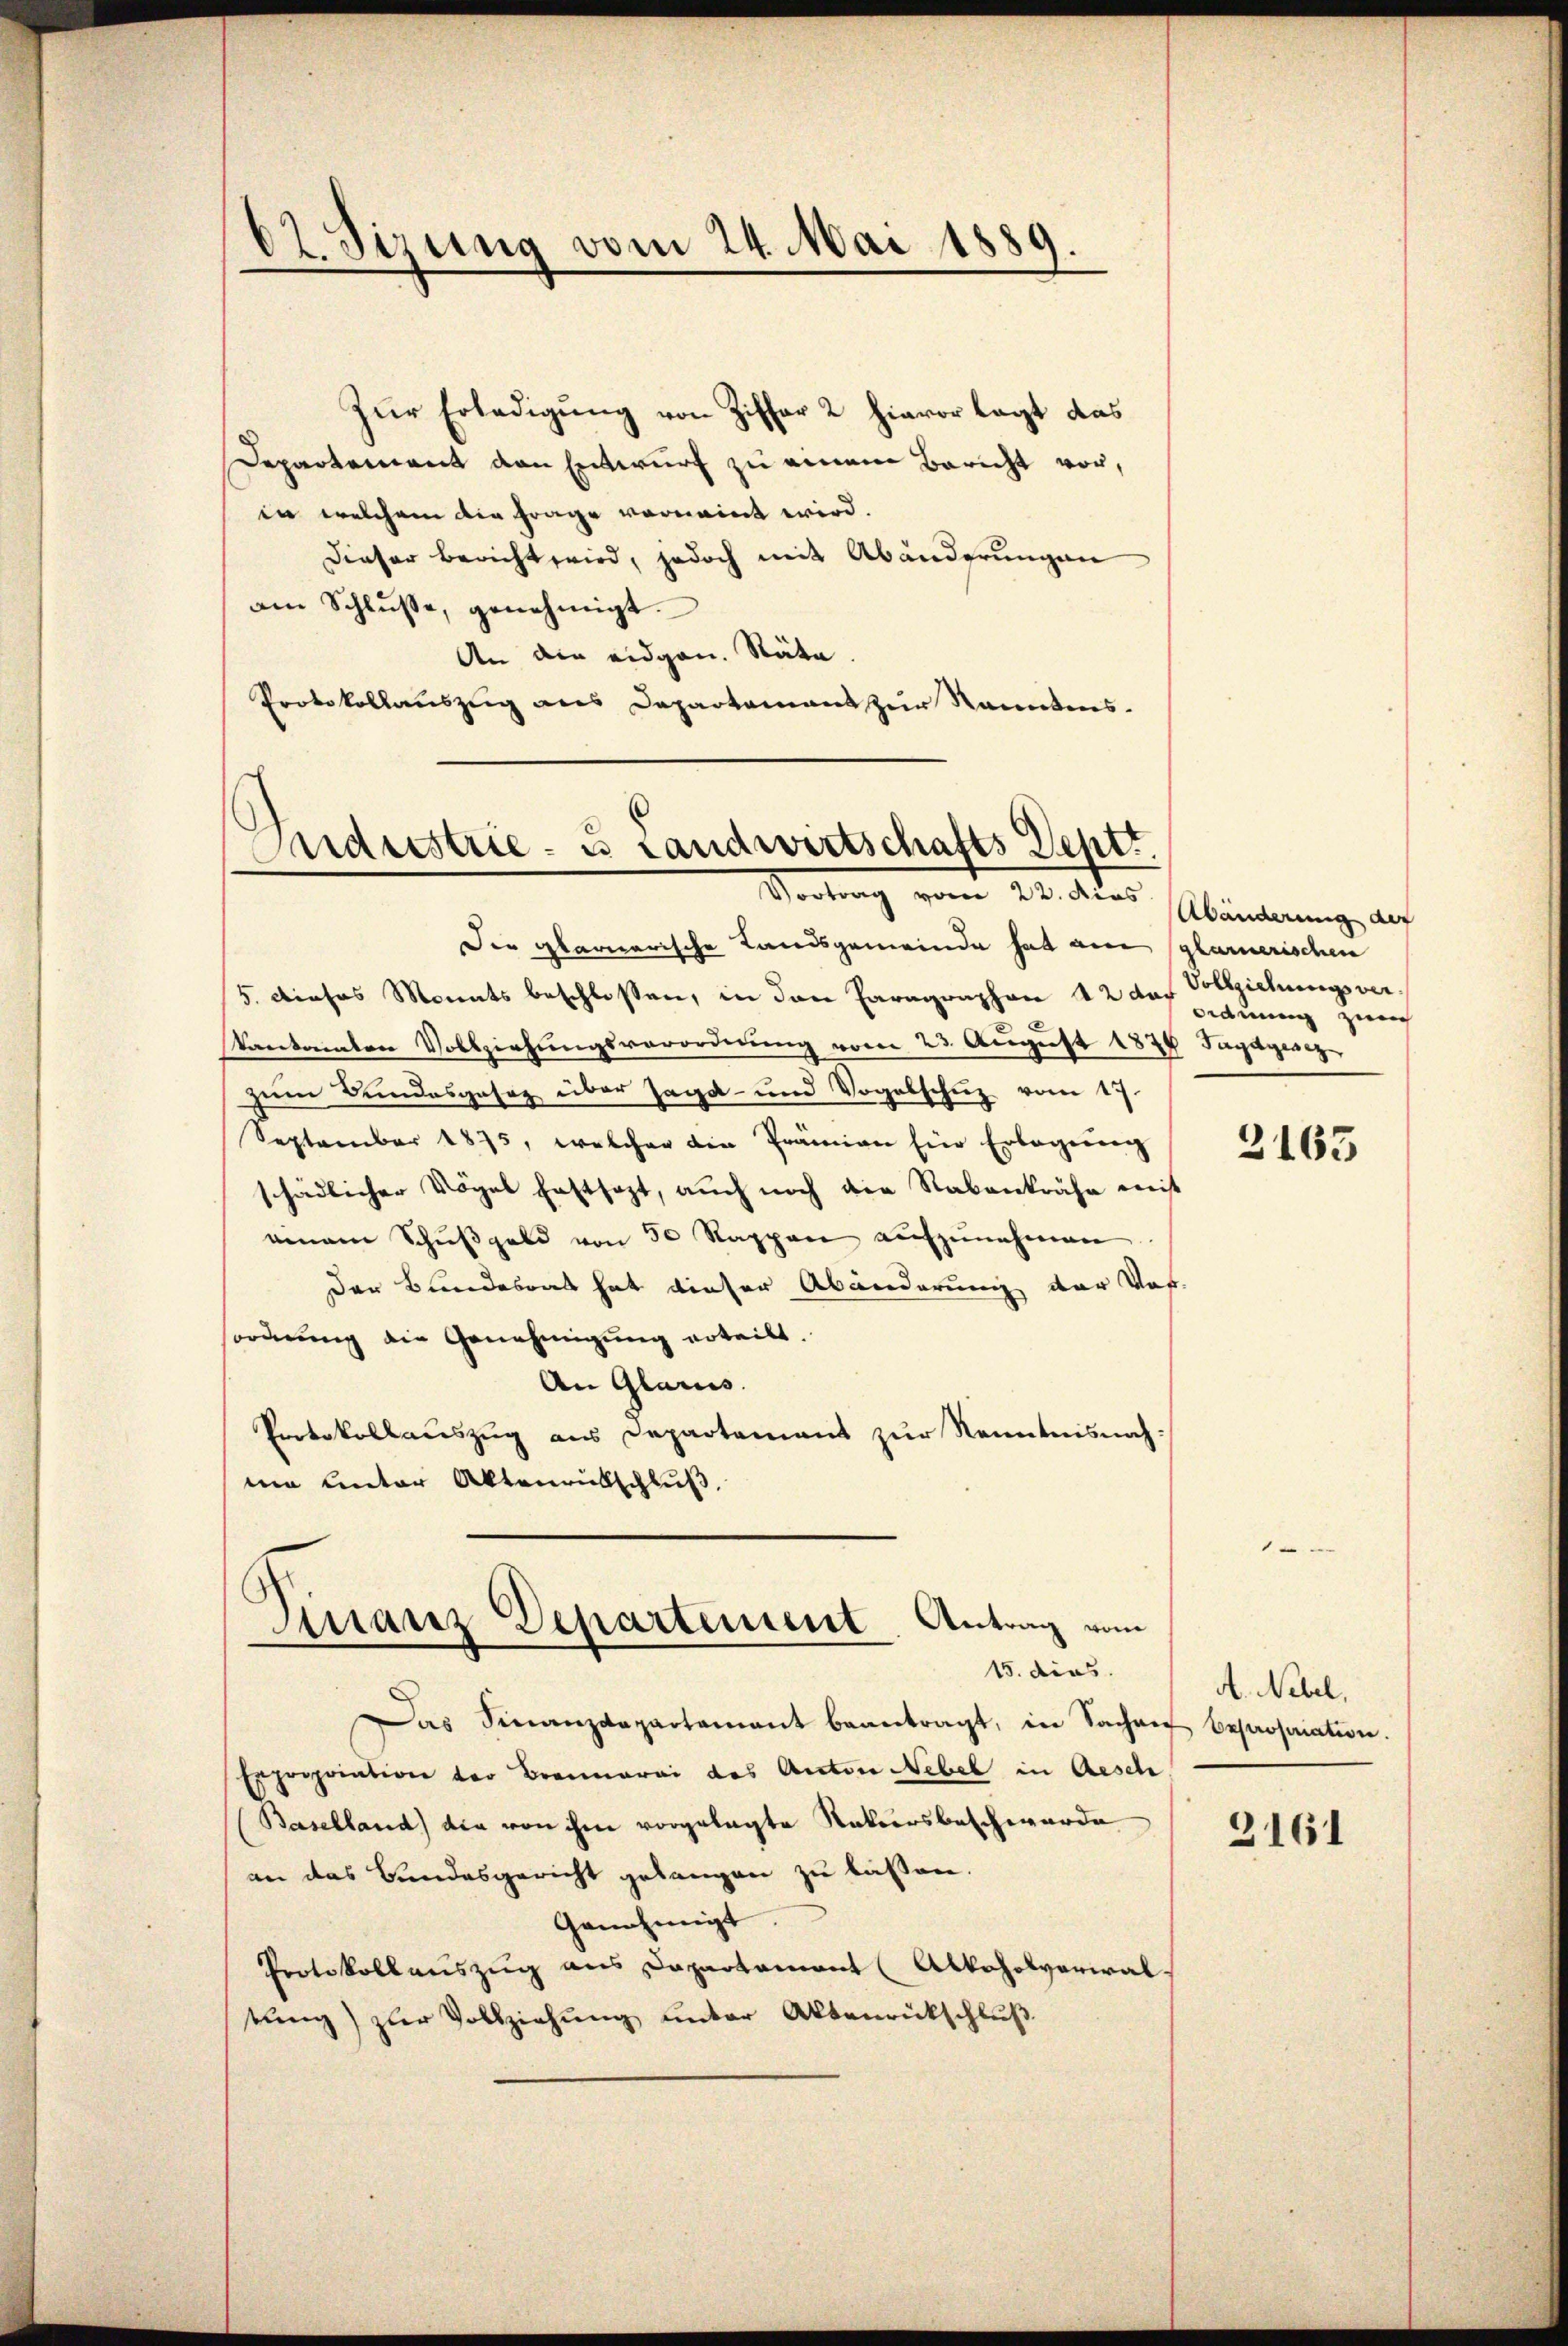
Zur Erledigung von Ziffer 2 hievor lagt das
Departement den Entwurf zu einem Bericht vor,
in welchem die Frage vernannt wird.
Dieser bericht wird, jedoch mit Abänderungen
am Schlüsse, genehmigt.
An die eidgen. Räte
Protokollauszug aus Departament zur Kanntens-

62. Sirung vom 24. Mai 1889
.

Sndustrie- u Landwirtschafts Deptt.
Vortrag vom 24. dies

Der planiarische Landsgemeinde hat ain glamerischen
5. dieses Monats beschlossen, in den Paragraphen 12 das Vollziehungsverkantonalen Vollziehungsverordnung vom 23. August 1879 Jagdgesez
zum Bundesgesetz über Jagd- und Vogelschuz vom 17.
September 1875, welcher die Prämien für Erlegŭng
schädlicher Vögel festsezt, auch noch die Rabanträfe mit
einem Schŭβgeld von 50 Rappen aŭfzŭnehmen
Der Bundesrat hat dieser Abänderung der Vor-
forderŭng die Genehmigŭng erteilt.
An Glarus.
Protokollauszug aus Departement zur Kenntnisnahne Unter Aktenrütschluß,

Finanz Departement. Antrag vom
15. dies

Das Finanzdepartement beantragt, in Sachen bepropriation.
Expropriation der Brennerei des Anton Nebel in Aesch
Baselland) die von ihm vorgelegte Natursbeschwerde
an das Bundesgericht gelangen zu lassen.
Genehmigt
Protokollauszug aus Dapartement (Alkoholverwal
tŭng zŭr Vollziehŭng ŭnter Aktenrückschlŭβ

Abänderung auf
Ordnung zur

2163

A. Nebel,

3161